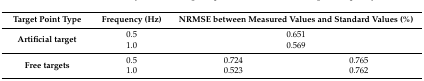
<table><thead><tr><td><b>Target Point Type</b></td><td><b>Frequency (Hz)</b></td><td colspan="2"><b>NRMSE between Measured Values and Standard Values (<i>%</i>)</b></td></tr></thead><tbody><tr><td rowspan="2"><b>Artificial target</b></td><td>0.5</td><td colspan="2">0.651</td></tr><tr><td>1.0</td><td colspan="2">0.569</td></tr><tr><td rowspan="2"><b>Free targets</b></td><td>0.5</td><td>0.724</td><td>0.765</td></tr><tr><td>1.0</td><td>0.523</td><td>0.762</td></tr></tbody></table>